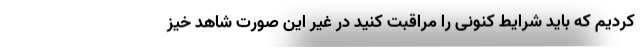
کردیم که باید شرایط کنونی را مراقبت کنید در غیر این صورت شاهد خیز